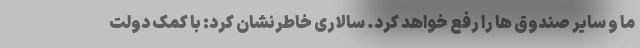
ما و سایر صندوق ها را رفع خواهد کرد. سالاری خاطرنشان کرد: با کمک دولت